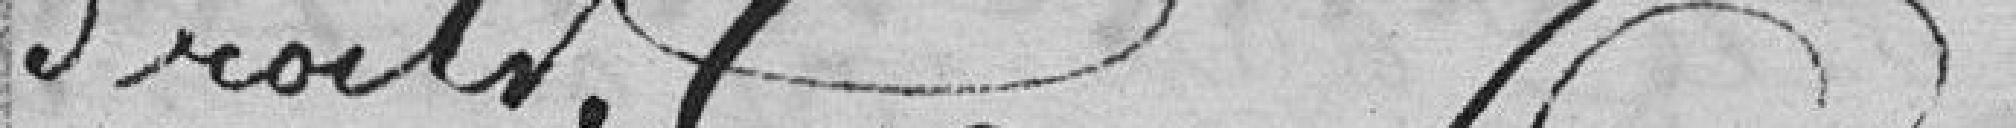
droits.